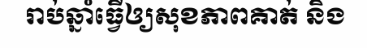
រាប់ឆ្នាំធ្វើឲ្យសុខភាពគាត់ និង